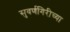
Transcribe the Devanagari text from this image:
सुवर्णगिरीच्या